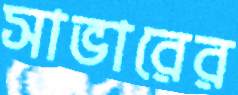
সাভারের